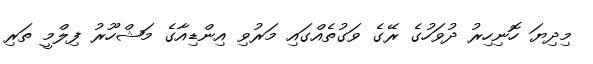
މިދިޔަ ހޮނިހިރު ދުވަހުގެ ރޭގެ ވަގުތެއްގައި މަރުވި އިންޑިއާގެ މަޝްހޫރު ފިލްމީ ތަރި